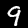
Label: 9